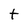
Character: t